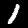
Label: 1